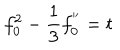
LaTeX: f _ { 0 } ^ { 2 } - \frac { 1 } { 3 } f _ { 0 } ^ { ' ^ { \prime } } = t